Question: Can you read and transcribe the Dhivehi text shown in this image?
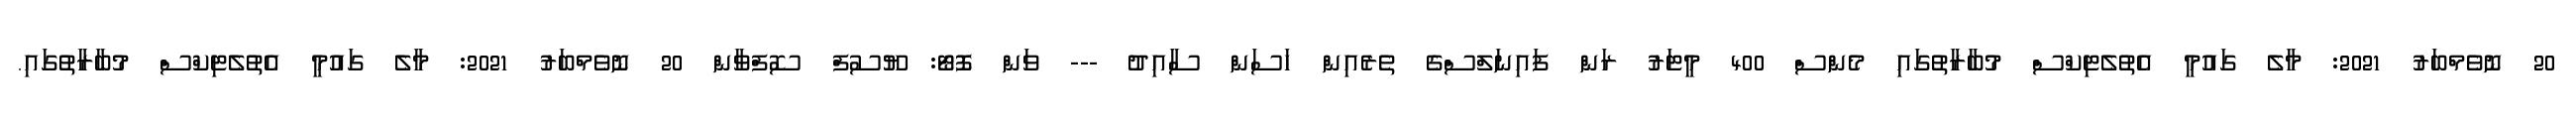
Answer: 20 ނޮވެމްބަރު 2021: މާލެ ގައުމީ އެތުލެޓިކްސް މުބާރާތުގައި މެންސް 400 މީޓަރު ރަން ފައިނަލްސްގެ ތެރެއިން ހަސަން ސާއިދު --- ވަން ފޮޓޯ: ޔޫސުފް ސޮފްވާން 20 ނޮވެމްބަރު 2021: މާލެ ގައުމީ އެތުލެޓިކްސް މުބާރާތުގައި.